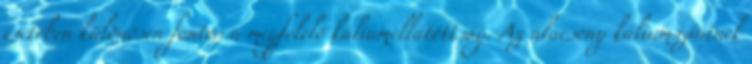
esetében különösen fontos a megfelelő káliumellátottság. Az alacsony káliumszintnek